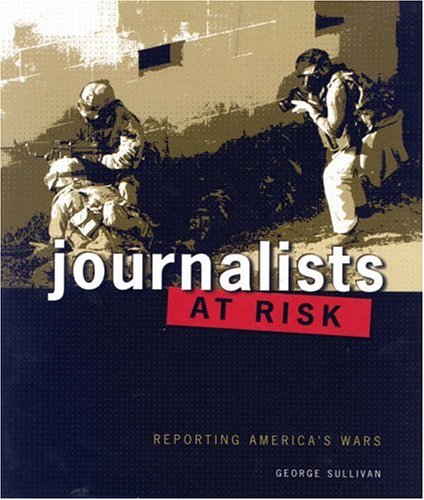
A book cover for Journalists At Risk: Reporting America's Wars (People's History); George Sullivan; Teen & Young Adult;